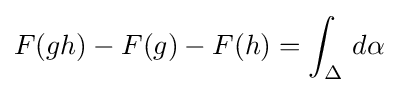
F(gh)-F(g)-F(h)=\int _{\Delta }\,d\alpha